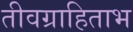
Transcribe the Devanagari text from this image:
तीवग्राहिताभ